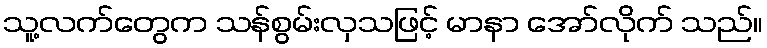
သူ့လက်တွေက သန်စွမ်းလှသဖြင့် မာနာ အော်လိုက် သည်။